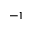
^ { - 1 }